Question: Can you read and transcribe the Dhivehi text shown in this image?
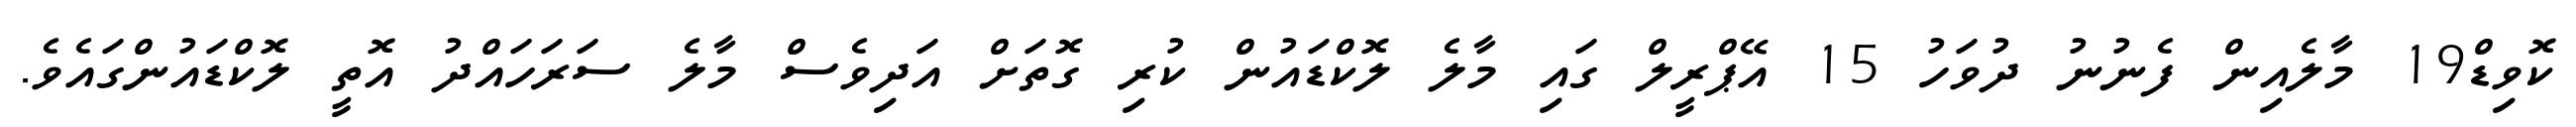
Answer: ކޮވިޑް19 މާލެއިން ފެނުނު ދުވަހު 15 އޭޕްރީލް ގައި މާލެ ލޮކްޑައުން ކުރި ގޮތަށް އަދިވެސް މާލެ ސަރަހައްދު އޮތީ ލޮކްޑައުންގައެވެ.